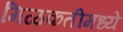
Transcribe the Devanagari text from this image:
मिळकतीमध्ये